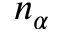
n _ { \alpha }